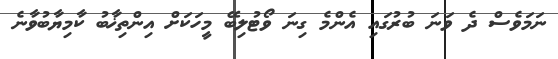
ނަމަވެސް ދެ ވަނަ ބުރުގައި އެންމެ ގިނަ ވޯޓުލިބޭ މީހަކަށް އިންތިޚާބު ކާމިޔާބުވާނެ